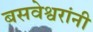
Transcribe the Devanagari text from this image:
बसवेश्वरांनी